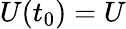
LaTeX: U(t_{0})=U